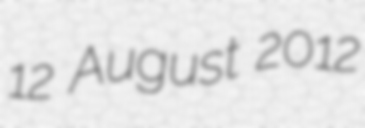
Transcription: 12 August 2012